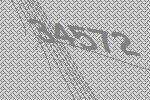
34572